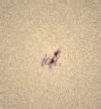
idi.